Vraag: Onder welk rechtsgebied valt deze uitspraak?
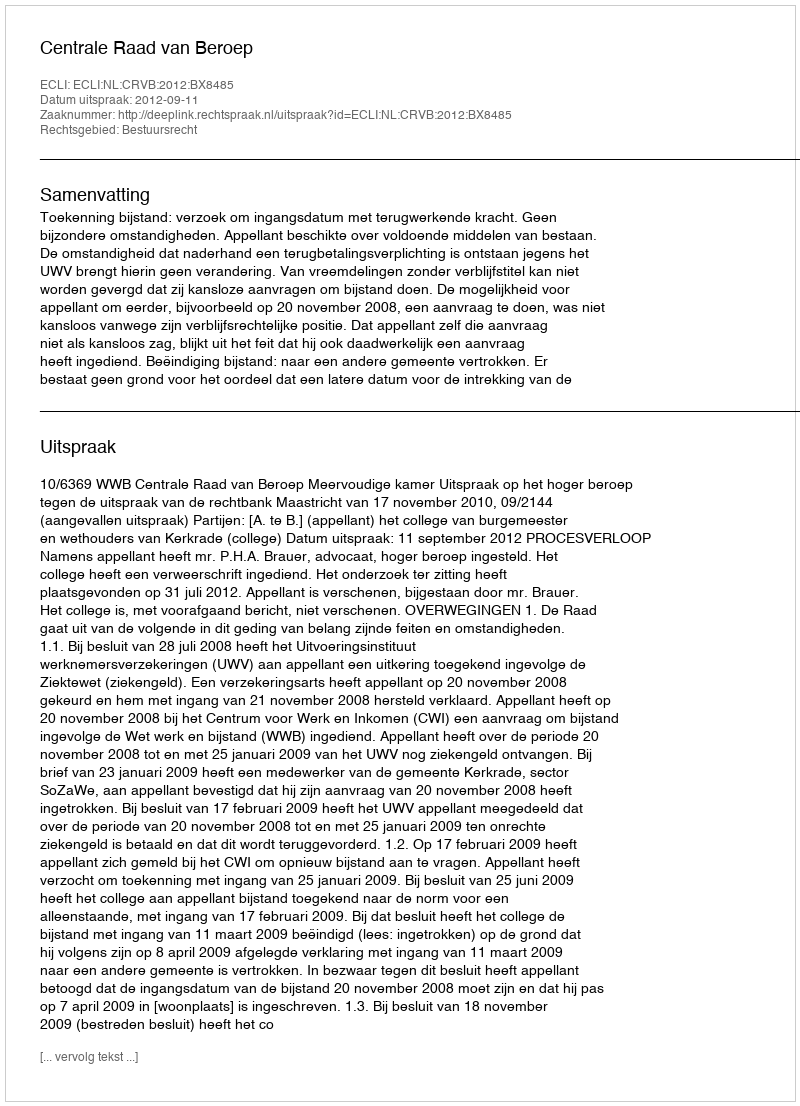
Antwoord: Bestuursrecht